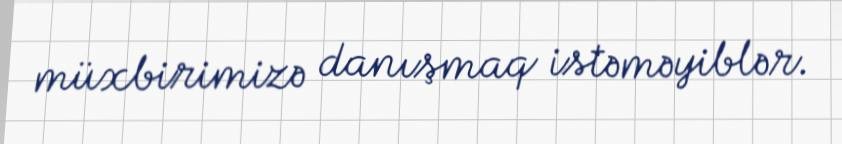
müxbirimizə danışmaq istəməyiblər.